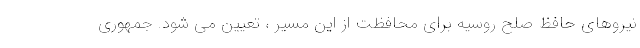
نیروهای حافظ صلح روسیه برای محافظت از این مسیر ، تعیین می شود. جمهوری